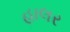
હાલર